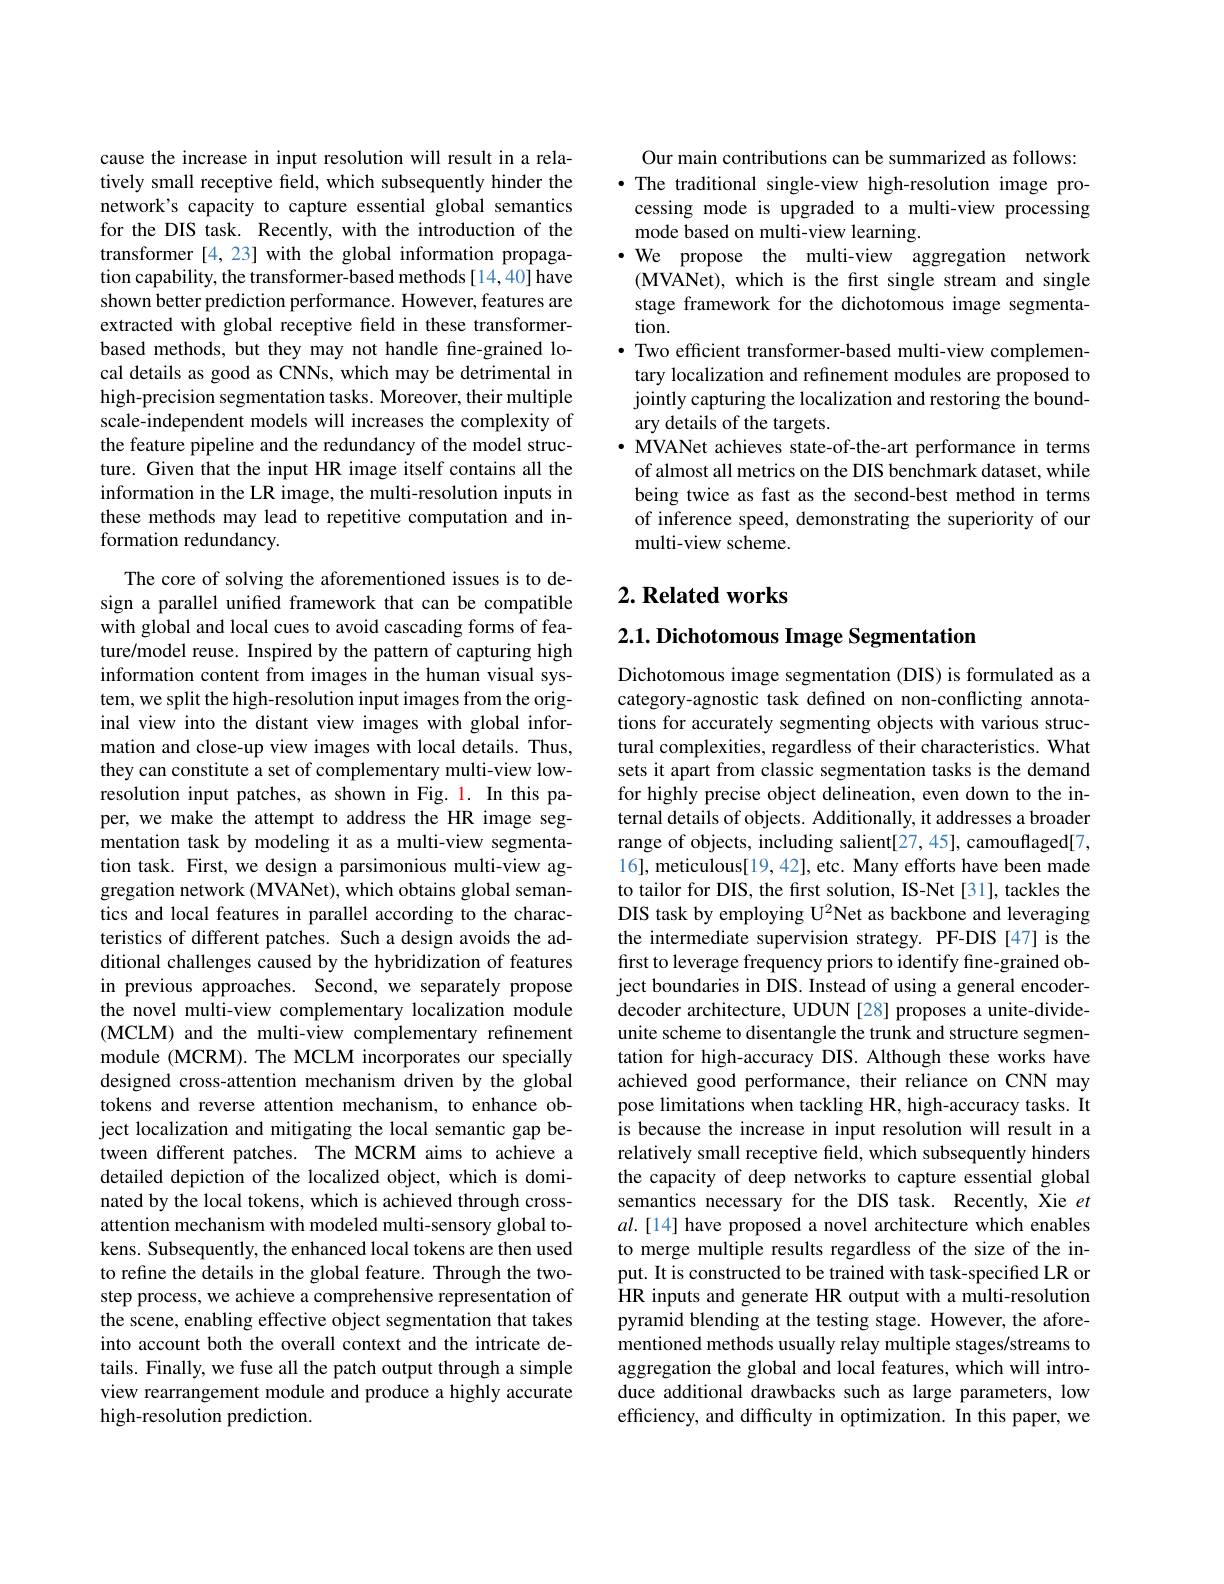
cause the increase in input resolution will result in a relatively small receptive field, which subsequently hinder the network's capacity to capture essential global semantics for the DIS task. Recently, with the introduction of the transformer[4,23] with the global information propagation capability, the transformer-based methods[14,40] have shown better prediction performance. However, features are extracted with global receptive field in these transformerbased methods, but they may not handle fine-grained local details as good as CNNs, which may be detrimental in high-precision segmentation tasks. Moreover, their multiple scale-independent models will increases the complexity of the feature pipeline and the redundancy of the model structure. Given that the input HR image itself contains all the information in the LR image, the multi-resolution inputs in these methods may lead to repetitive computation and information redundancy.

The core of solving the aforementioned issues is to design a parallel unified framework that can be compatible with global and local cues to avoid cascading forms of feature/model reuse. Inspired by the pattern of capturing high information content from images in the human visual system, we split the high-resolution input images from the original view into the distant view images with global information and close-up view images with local details. Thus, they can constitute a set of complementary multi-view lowresolution input patches, as shown in Fig. 1. In this paper, we make the attempt to address the HR image segmentation task by modeling it as a multi-view segmentation task. First, we design a parsimonious multi-view aggregation network (MVANet), which obtains global semantics and local features in parallel according to the characteristics of different patches. Such a design avoids the additional challenges caused by the hybridization of features in previous approaches. Second, we separately propose the novel multi-view complementary localization module (MCLM) and the multi-view complementary refinement module (MCRM). The MCLM incorporates our specially designed cross-attention mechanism driven by the global tokens and reverse attention mechanism, to enhance object localization and mitigating the local semantic gap between different patches. The MCRM aims to achieve a detailed depiction of the localized object, which is dominated by the local tokens, which is achieved through crossattention mechanism with modeled multi-sensory global tokens. Subsequently, the enhanced local tokens are then used to refine the details in the global feature. Through the twostep process, we achieve a comprehensive representation of the scene, enabling effective object segmentation that takes into account both the overall context and the intricate details. Finally, we fuse all the patch output through a simple view rearrangement module and produce a highly accurate high-resolution prediction.

Our main contributions can be summarized as follows: ·The traditional single-view high-resolution image pro-
cessing mode is upgraded to a multi-view processing
mode based on multi-view learning.
·We propose the multi-view aggregation network
(MVANet), which is the first single stream and single stage framework for the dichotomous image segmentation.
$\bullet$ Two efficient transformer-based multi-view complementary localization and refinement modules are proposed to jointly capturing the localization and restoring the boundary details of the targets.
$\cdot$ MVANet achieves state-of-the-art performance in terms of almost all metrics on the DIS benchmark dataset, while being twice as fast as the second-best method in terms of inference speed, demonstrating the superiority of our multi-view scheme.

## $2. \textbf{ Related works}$

$2. 1. \textbf{ Dichotomous Image Segmentation}$

Dichotomous image segmentation (DIS) is formulated as a category-agnostic task defined on non-conflicting annotations for accurately segmenting objects with various structural complexities, regardless of their characteristics. What sets it apart from classic segmentation tasks is the demand for highly precise object delineation, even down to the internal details of objects. Additionally, it addresses a broader range of objects, including salient[27,45], camouflaged[7, 16], meticulous[19, 42], etc. Many efforts have been made to tailor for DIS, the first solution, IS-Net [31], tackles the DIS task by employing U$^2$Net as backbone and leveraging the intermediate supervision strategy. PF-DIS [47] is the first to leverage frequency priors to identify fine-grained object boundaries in DIS. Instead of using a general encoderdecoder architecture, UDUN [28] proposes a unite-divideunite scheme to disentangle the trunk and structure segmentation for high-accuracy DIS. Although these works have achieved good performance, their reliance on CNN may pose limitations when tackling HR, high-accuracy tasks. It is because the increase in input resolution will result in a relatively small receptive field, which subsequently hinders the capacity of deep networks to capture essential global semantics necessary for the DIS task. Recently, Xie $et$ $al.[14]$ have proposed a novel architecture which enables to merge multiple results regardless of the size of the input. It is constructed to be trained with task-specified LR or $\hat{\mathrm{HR~inputs~and~generate~HR~output~with~a~multi-resolution}}$ pyramid blending at the testing stage. However, the aforementioned methods usually relay multiple stages/streams to aggregation the global and local features, which will introduce additional drawbacks such as large parameters, low efficiency, and difficulty in optimization. In this paper, we